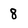
Character: 8